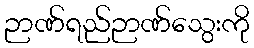
ဉာဏ်ရည်ဉာဏ်သွေးကို